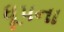
ધૂપના